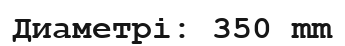
Диаметрі: 350 mm